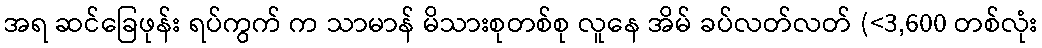
အရ ဆင်ခြေဖုန်း ရပ်ကွက် က သာမာန် မိသားစုတစ်စု လူနေ အိမ် ခပ်လတ်လတ် (<3,600 တစ်လုံး